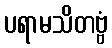
ပရာမသိတဗ္ဗံ